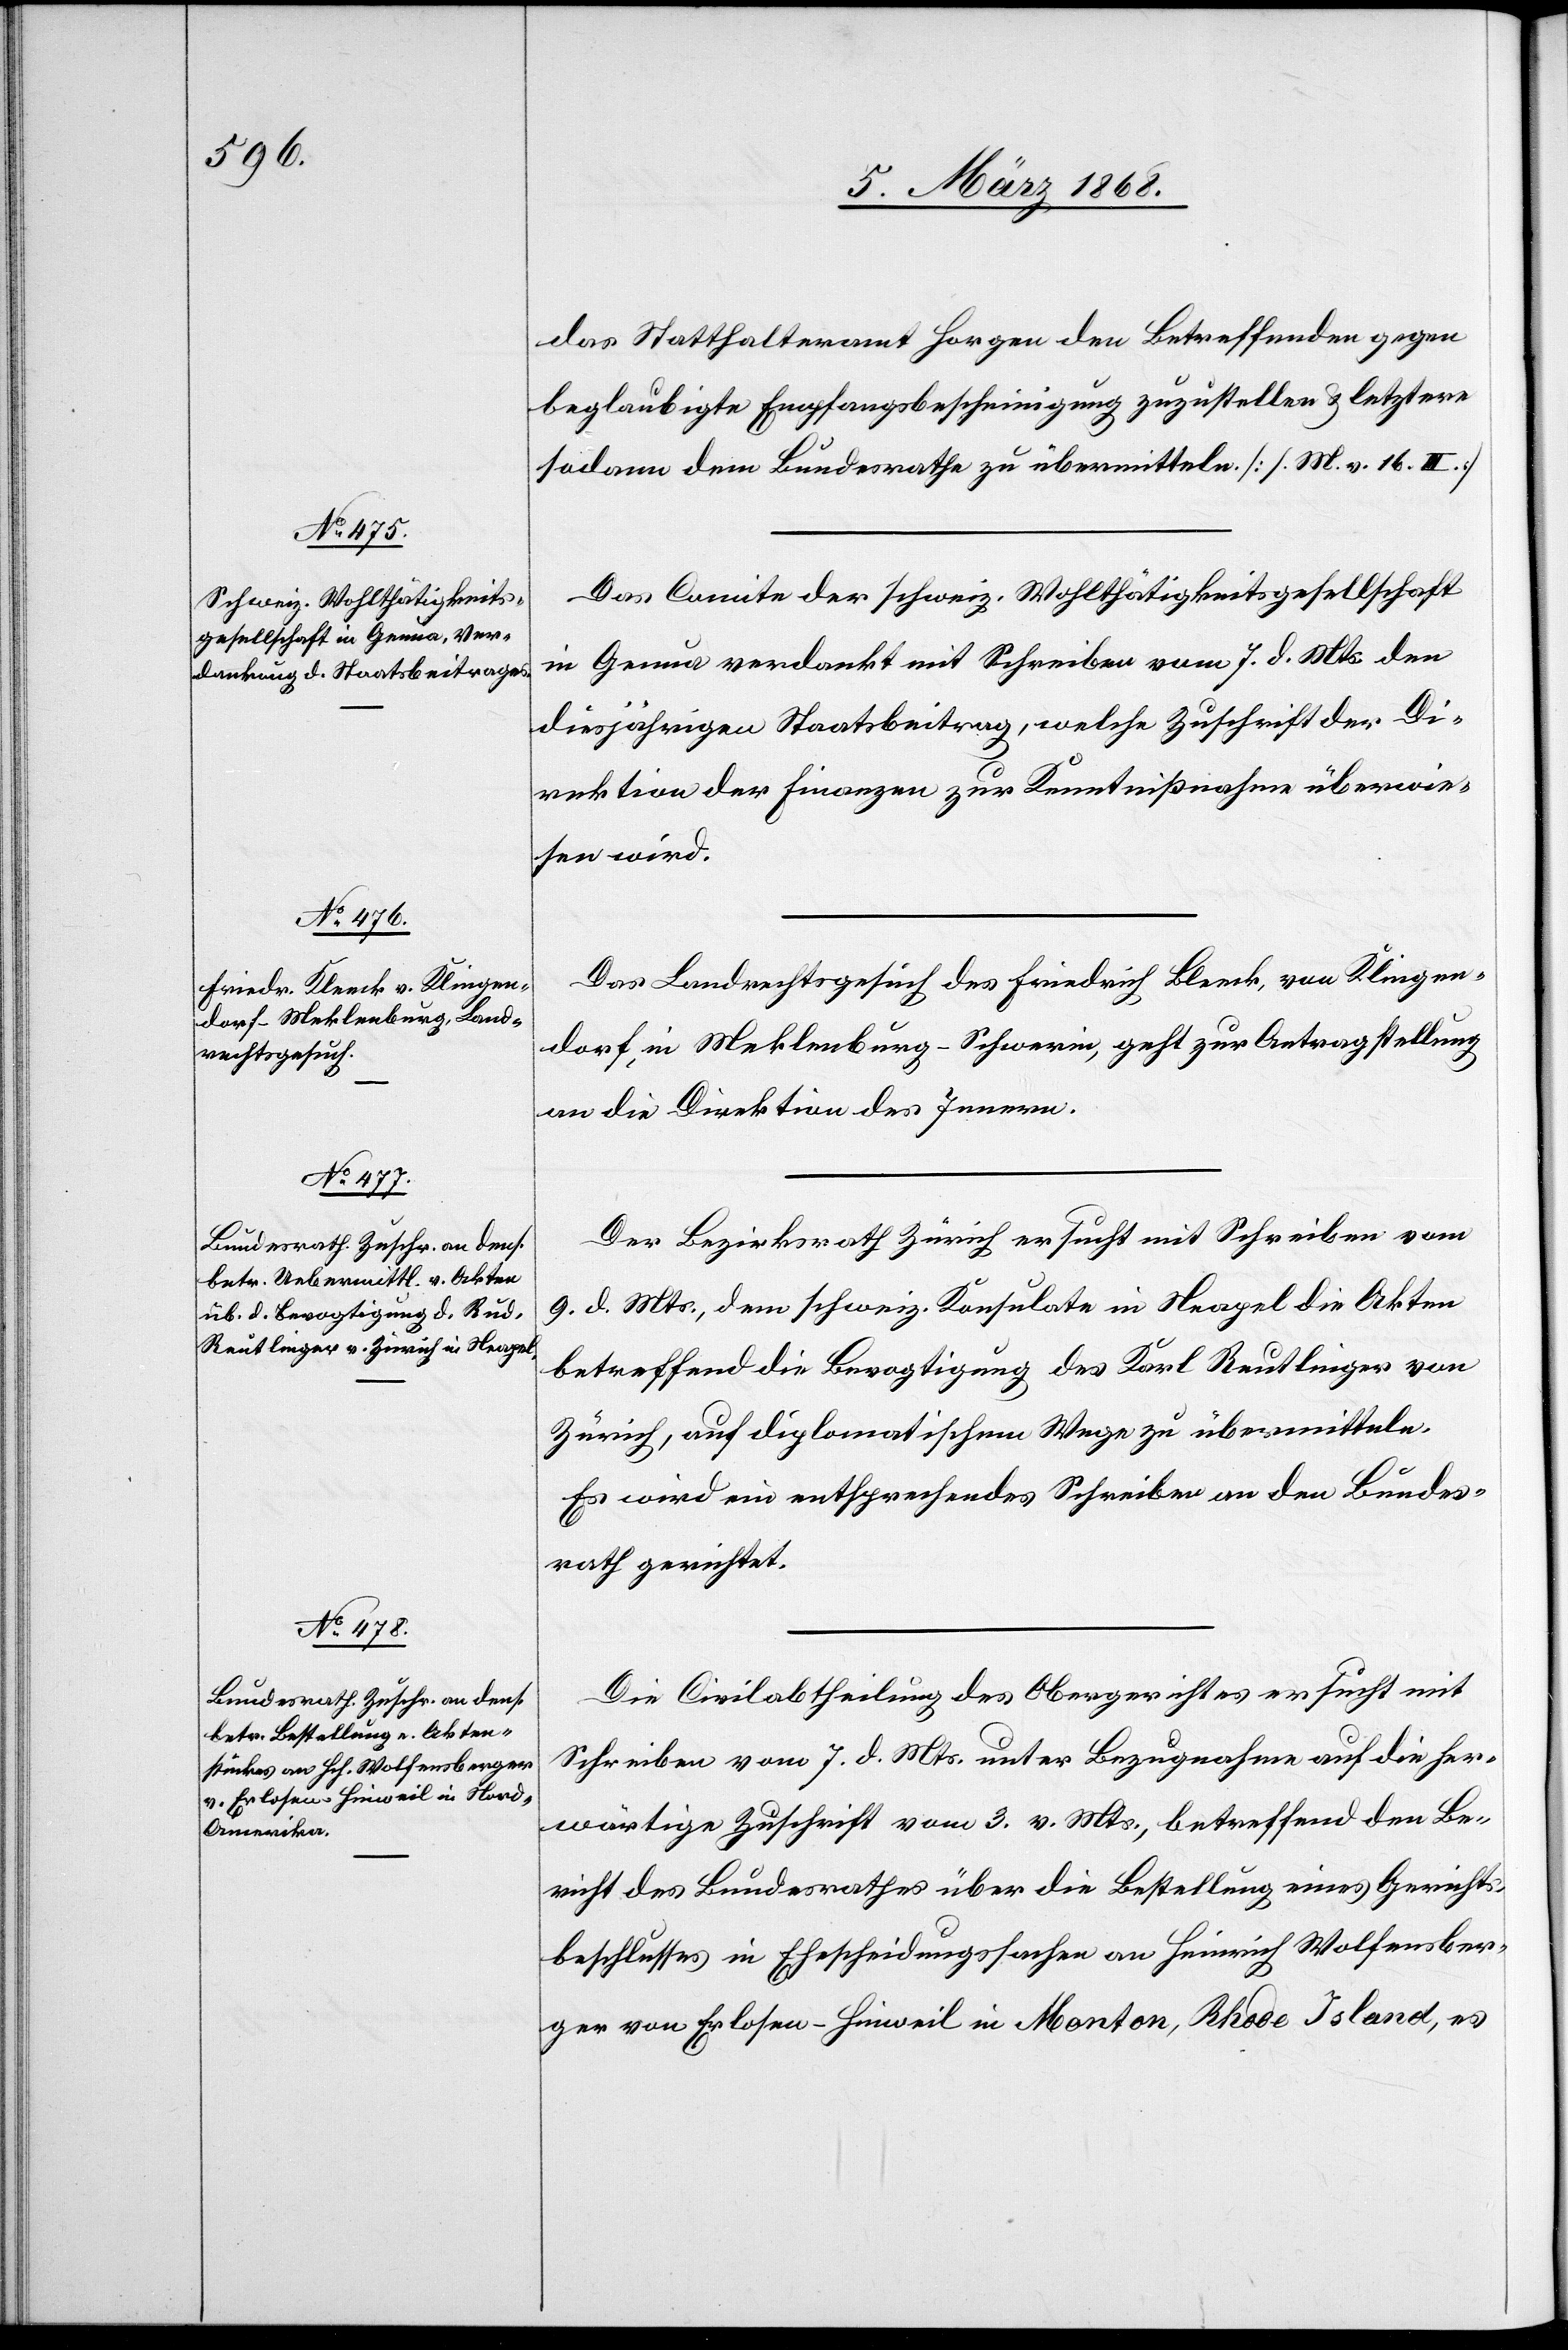
12. März 1868.]
das Statthalteramt Horgen den Betreffenden gegen
beglaubigte Empfangsbescheinigung zuzustellen & letztere
sodann dem Bundesrathe zu übermitteln. [s. M. v. 16. III.]
Das Comite der schweiz. Wohlthätigkeitsgesellschaft
in Genua verdankt mit Schreiben vom 7. d. Mts. den
diesjährigen Staatsbeitrag, welche Zuschrift der Di¬
rektion der Finanzen zur Kenntnißnahme überwie¬
sen wird.
Das Landrechtsgesuch des Friedrich Bleeck [sic!], von Klingen¬
dorf, in Meklenburg-Schwerin, geht zur Antragstellung
an die Direktion des Innern.
Der Bezirksrath Zürich ersucht mit Schreiben vom
9. d. Mts., dem schweiz. Konsulate in Neapel die Akten
betreffend die Bevogtigung des Karl [sic!] Reutlinger von
Zürich, auf diplomatischem Wege zu übermitteln.
Es wird ein entsprechendes Schreiben an den Bundes¬
rath gerichtet.
Die Civilabtheilung des Obergerichtes ersucht mit
Schreiben vom 7. d. Mts. unter Bezugnahme auf die her¬
wärtige Zuschrift vom 3. v. Mts., betreffend den Be¬
richt des Bundesrathes über die Bestellung eines Gerichts¬
beschlusses in Ehescheidungssachen an Heinrich Wolfensber¬
ger von Erlosen-Hinweil in Monton, Rhode Island, es